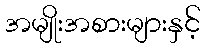
အမျိုးအစားများနှင့်